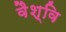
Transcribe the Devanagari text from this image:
वैश्वि